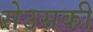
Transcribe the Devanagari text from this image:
सेउसकी